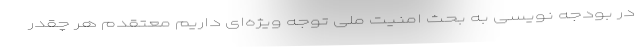
در بودجه نویسی به بحث امنیت ملی توجه ویژه‌ای داریم معتقدم هر چقدر